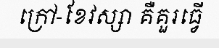
ក្រៅ-ខែវស្សា គឺគួរធ្វើ